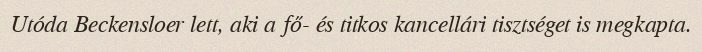
Utóda Beckensloer lett, aki a fő- és titkos kancellári tisztséget is megkapta.